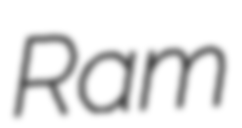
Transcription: Ram